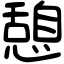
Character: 憩